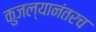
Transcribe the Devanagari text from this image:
कुजल्यानंतरच